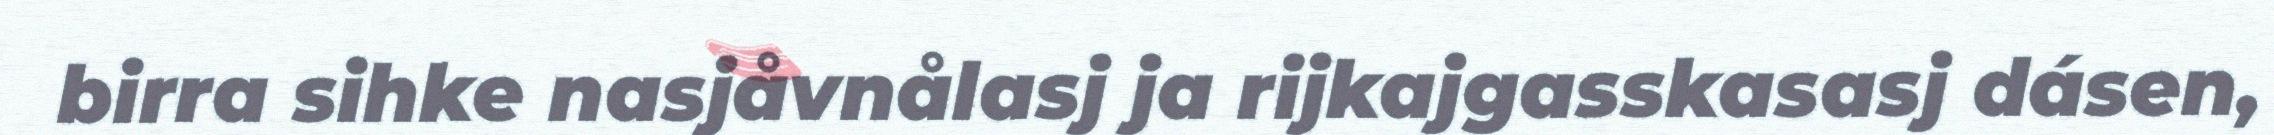
birra sihke nasjåvnålasj ja rijkajgasskasasj dásen,